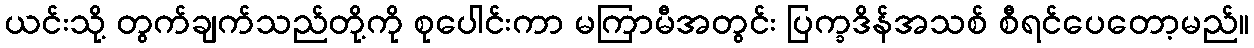
ယင်းသို့ တွက်ချက်သည်တို့ကို စုပေါင်းကာ မကြာမီအတွင်း ပြက္ခဒိန်အသစ် စီရင်ပေတော့မည်။